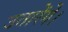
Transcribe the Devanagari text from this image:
उतारेंगे।